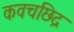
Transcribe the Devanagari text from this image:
कवचछिद्र